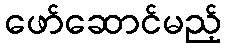
ဖော်ဆောင်မည့်